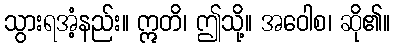
သွားရအံ့နည်း။ ဣတိ၊ ဤသို့။ အဝေါစ၊ ဆို၏။